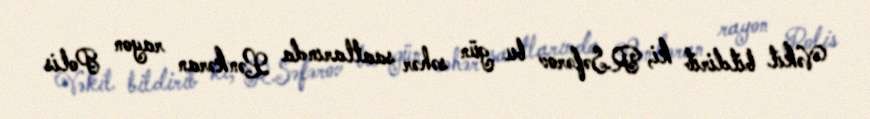
Vəkil bildirib ki, R.Səfərov bu gün səhər saatlarında Lənkəran rayon Polis